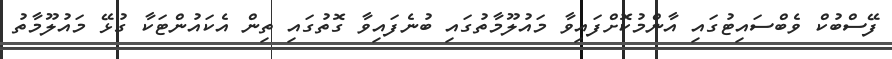
ފޭސްބުކް ވެބްސައިޓުގައި އާންމުކޮށްފައިވާ މައުލޫމާތުގައި ބުނެފައިވާ ގޮތުގައި ތިން އެކައުންޓަކާ ގުޅޭ މައުލޫމާތު